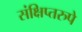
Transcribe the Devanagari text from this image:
संक्षिप्तरुपे